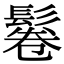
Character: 鬈